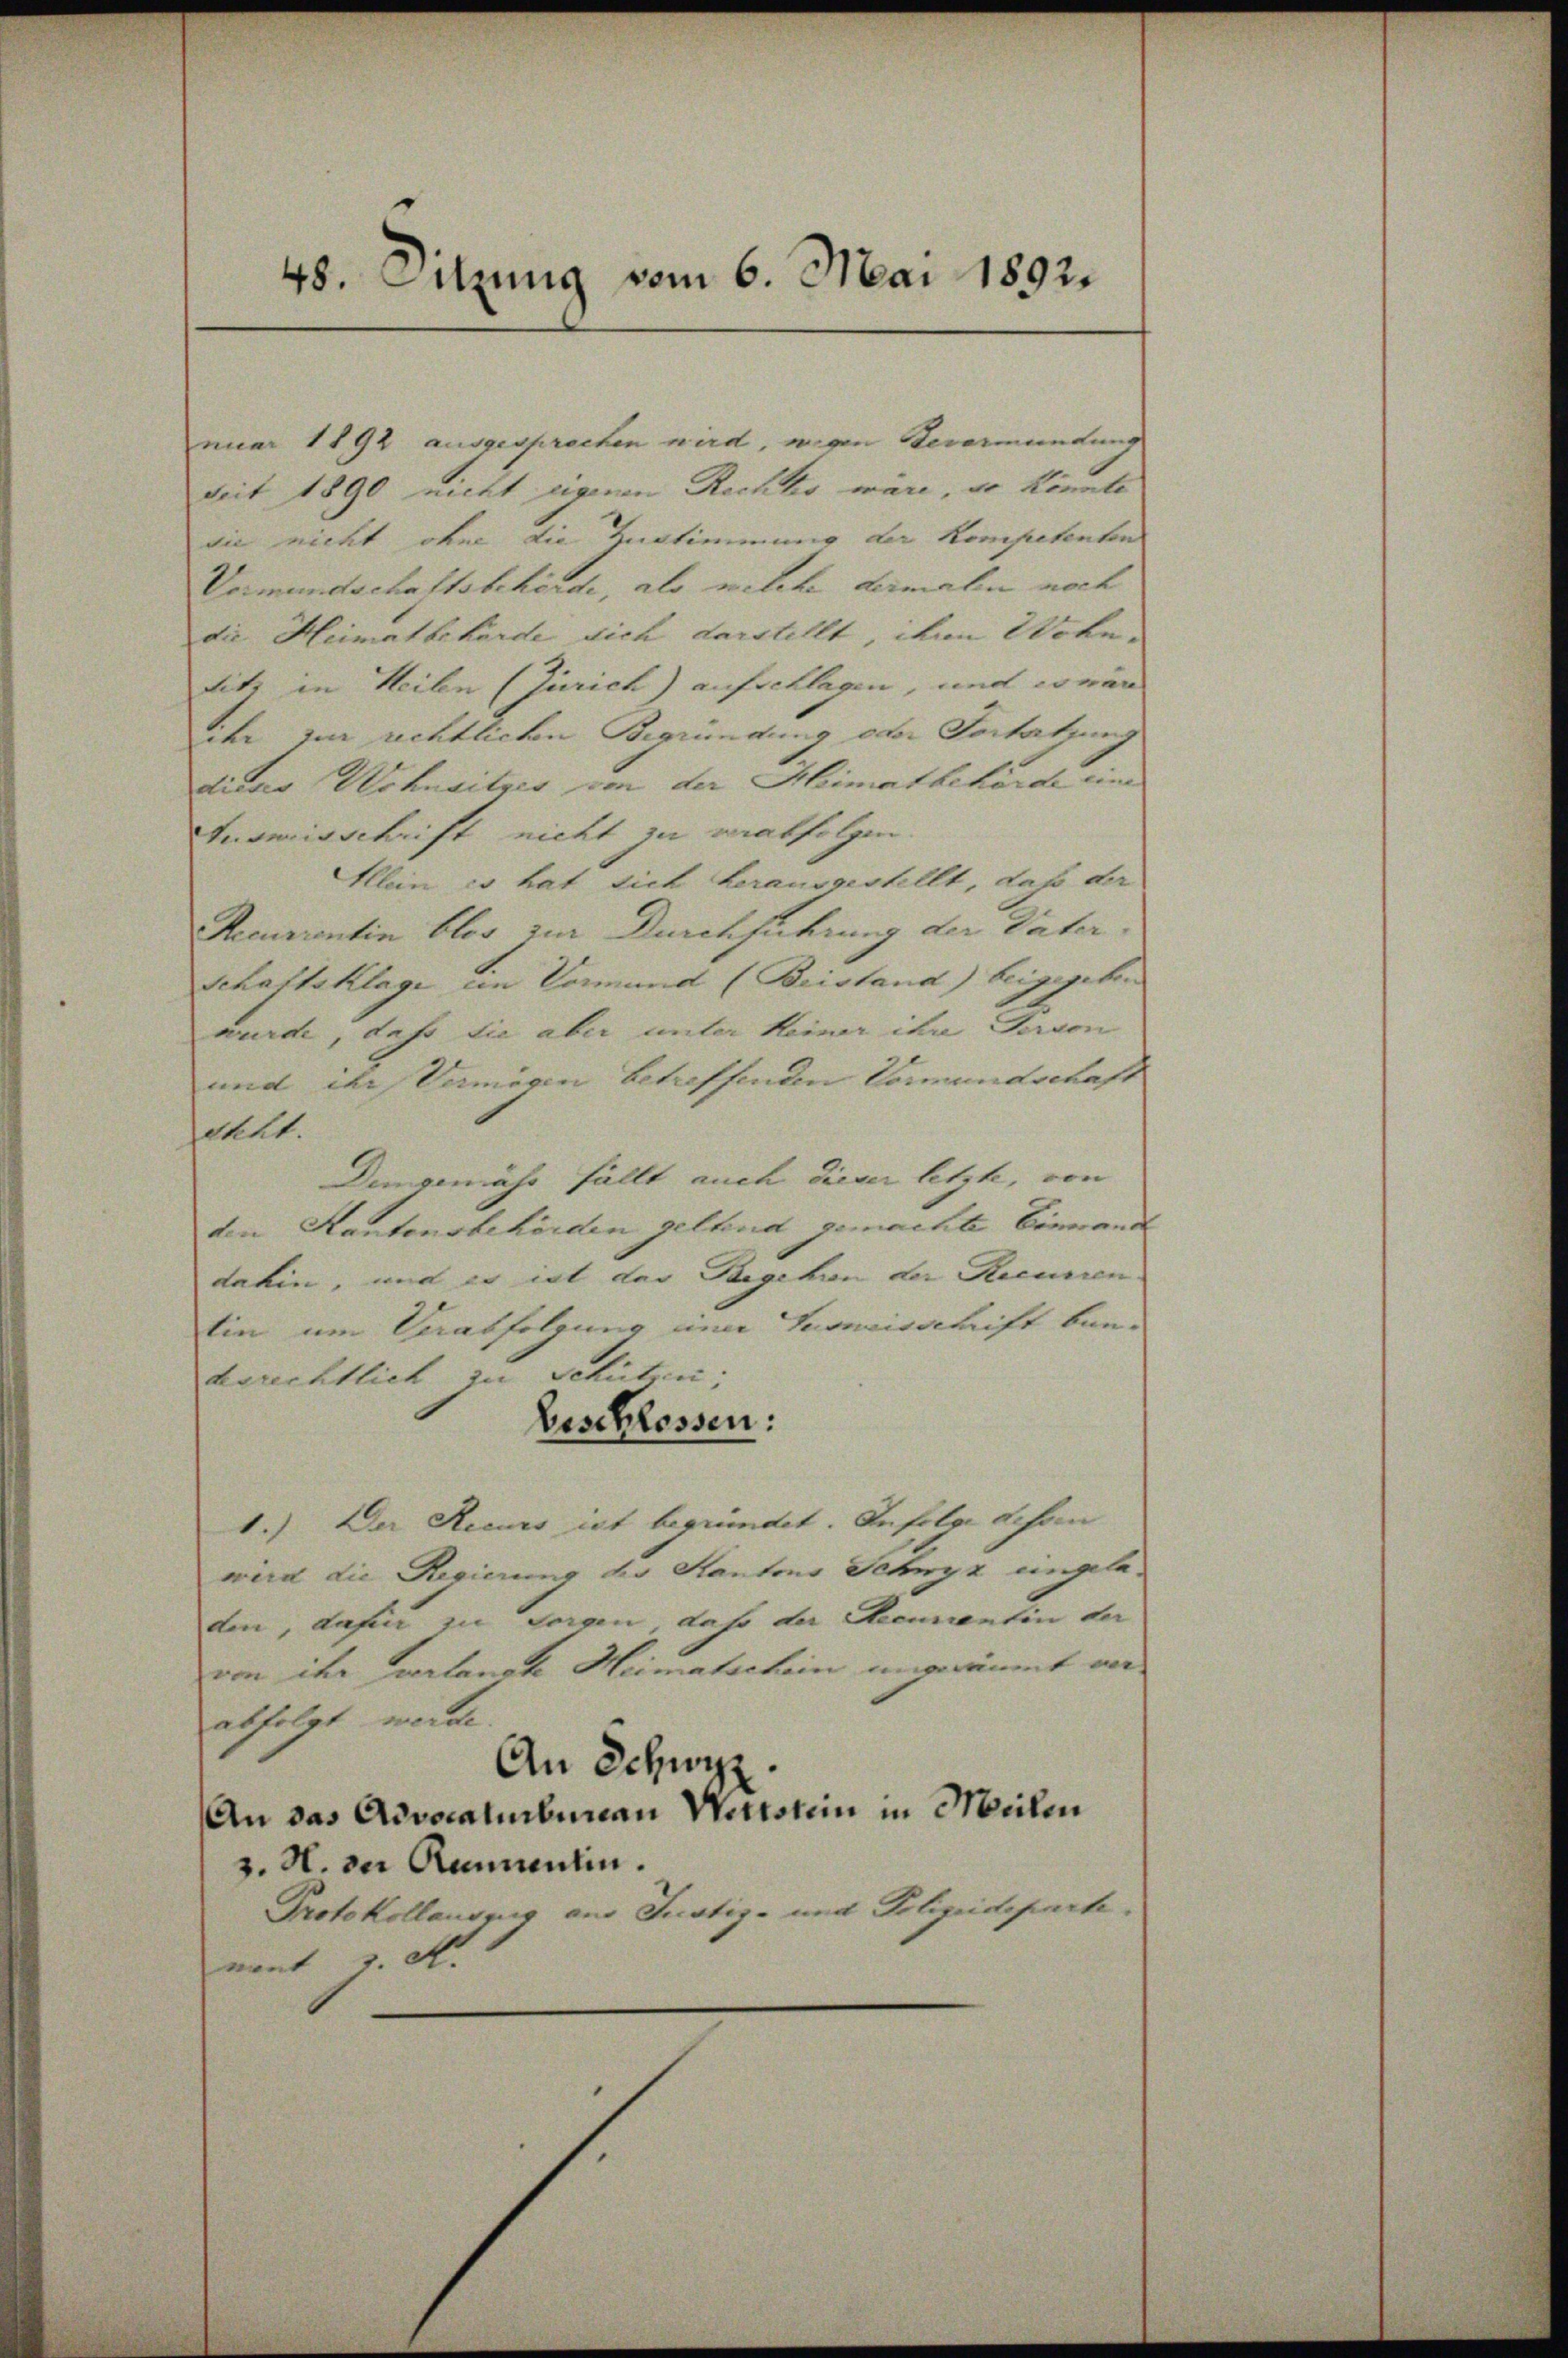
48. Sitzung vom 6. Mai 1892.

nuar 1892 ausgesprochen wird, wegen Bevormundung
Zeit 1890 nicht eigenen Rechts wäre, so könnte
die nicht ohne die Zustimmung der Kompetenten
Vermundschaftsbehörde, als welche dermalen noch
die Heimatbehörde dich darstellt, dem Wohn-
titz in Heilen (Zürich) aufschlagen, und sein
ihr zur rechtlichen Begründung oder Fortsetzung
dieses Wohnsitzes von der Heimatbehörde eine
Ausweisschrift nicht zu verabfolgen.
Allein es hat sich herausgestellt, daß der
Recurrentin blos zur Durchführung der Vater
Schaftsklage im Vormund (Beistand) beigegeben
wurde, daß die aber unter keiner ihre Person
und der Vermögen betreffenden Vormundschaft
steht.
Demgemäss fällt auch dieser letzte, von
den Kantonsbehörden geltend gemachte Einwande
dahin, und es ist der Begehin der Recurrentin um Crasfeldung am Zugreisschrift ban-
berichtlich Schützen;
Beschlossen:
1.) Der Recurs ist begründet. Infolge schon
wird die Regierung der Kantons Schwyz ungeladen, dafür zu sorgen, daß der Recurrentin der
von ihr verlangte Heimatschein ungeräumt ver
abfolgt werde.
An Schwyz
An das Advocaturbureau Wettstein in Meilen
v. H. der Raunentin.
Protokollauszug aus Justiz- und Polizeideparte.
nant v. A.